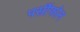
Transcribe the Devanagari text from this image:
पर्सीफोन